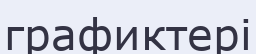
графиктері